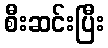
စီးဆင်းပြီး